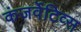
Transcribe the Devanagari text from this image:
कंजर्वेटिव्स